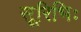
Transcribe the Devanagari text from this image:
सूरिभिः